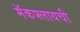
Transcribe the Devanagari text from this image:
मॅकफ्लायची